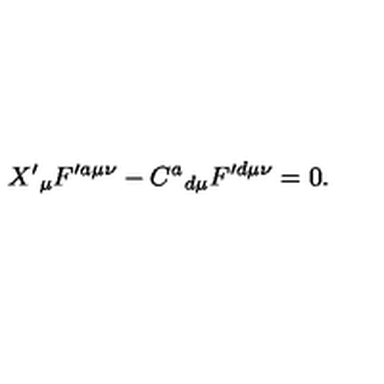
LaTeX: X ^ { \prime } { } _ { \mu } F ^ { \prime a \mu \nu } - C ^ { a } { } _ { d \mu } F ^ { \prime d \mu \nu } = 0 .